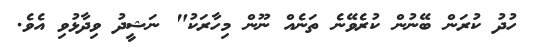
ހުދު ކުރަން ބޭނުން ކުރެވޭނެ ތަނެއް ނޫން މިހާރަކު" ނަޝީދު ވިދާޅުވި އެވެ.